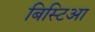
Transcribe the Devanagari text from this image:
बिस्टिआ